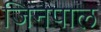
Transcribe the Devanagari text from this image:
जिनपाल